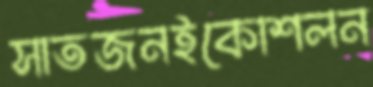
সাতজনইকোশলন